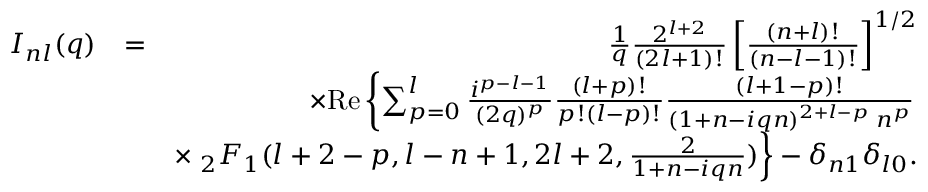
\begin{array} { r l r } { { \cal I } _ { n l } ( q ) } & { = } & { \frac { 1 } { q } \frac { 2 ^ { l + 2 } } { ( 2 l + 1 ) ! } \left[ \frac { ( n + l ) ! } { ( n - l - 1 ) ! } \right] ^ { 1 / 2 } } \\ & { } & { \times \mathrm { R e } \left\{ \sum _ { p = 0 } ^ { l } \frac { i ^ { p - l - 1 } } { ( 2 q ) ^ { p } } \frac { ( l + p ) ! } { p ! ( l - p ) ! } \frac { ( l + 1 - p ) ! } { ( 1 + n - i q n ) ^ { 2 + l - p } \; n ^ { p } } \right. } \\ & { } & { \times \left. _ 2 F _ { 1 } ( l + 2 - p , l - n + 1 , 2 l + 2 , \frac { 2 } { 1 + n - i q n } ) \right\} - \delta _ { n 1 } \delta _ { l 0 } . } \end{array}